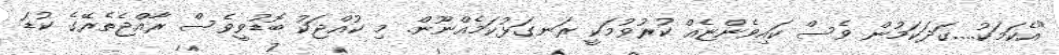
"އެކަމަކު....ގަދަކަމުން ވެސް ކައިވެންޏެއް ކުރުވުމަކީ ރަނގަޅުކަމެއްނޫން. މި ކުއްޖަކު ބޮޑުވީވެސް ރާއްޖެތެރޭގެ ކުޑަ